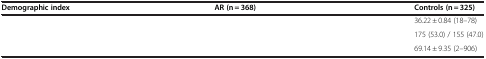
<table><thead><tr><td><b>Demographic index</b></td><td><b>AR (n = 368)</b></td><td><b>Controls (n = 325)</b></td></tr></thead><tbody><tr><td>[EMPTY_CELL]</td><td>[EMPTY_CELL]</td><td>36.22 ± 0.84 (18–78)</td></tr><tr><td>[EMPTY_CELL]</td><td>[EMPTY_CELL]</td><td>175 (53.0) / 155 (47.0)</td></tr><tr><td>[EMPTY_CELL]</td><td>[EMPTY_CELL]</td><td>69.14 ± 9.35 (2–906)</td></tr></tbody></table>